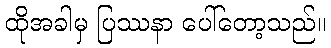
ထိုအခါမှ ပြဿနာ ပေါ်တော့သည်။